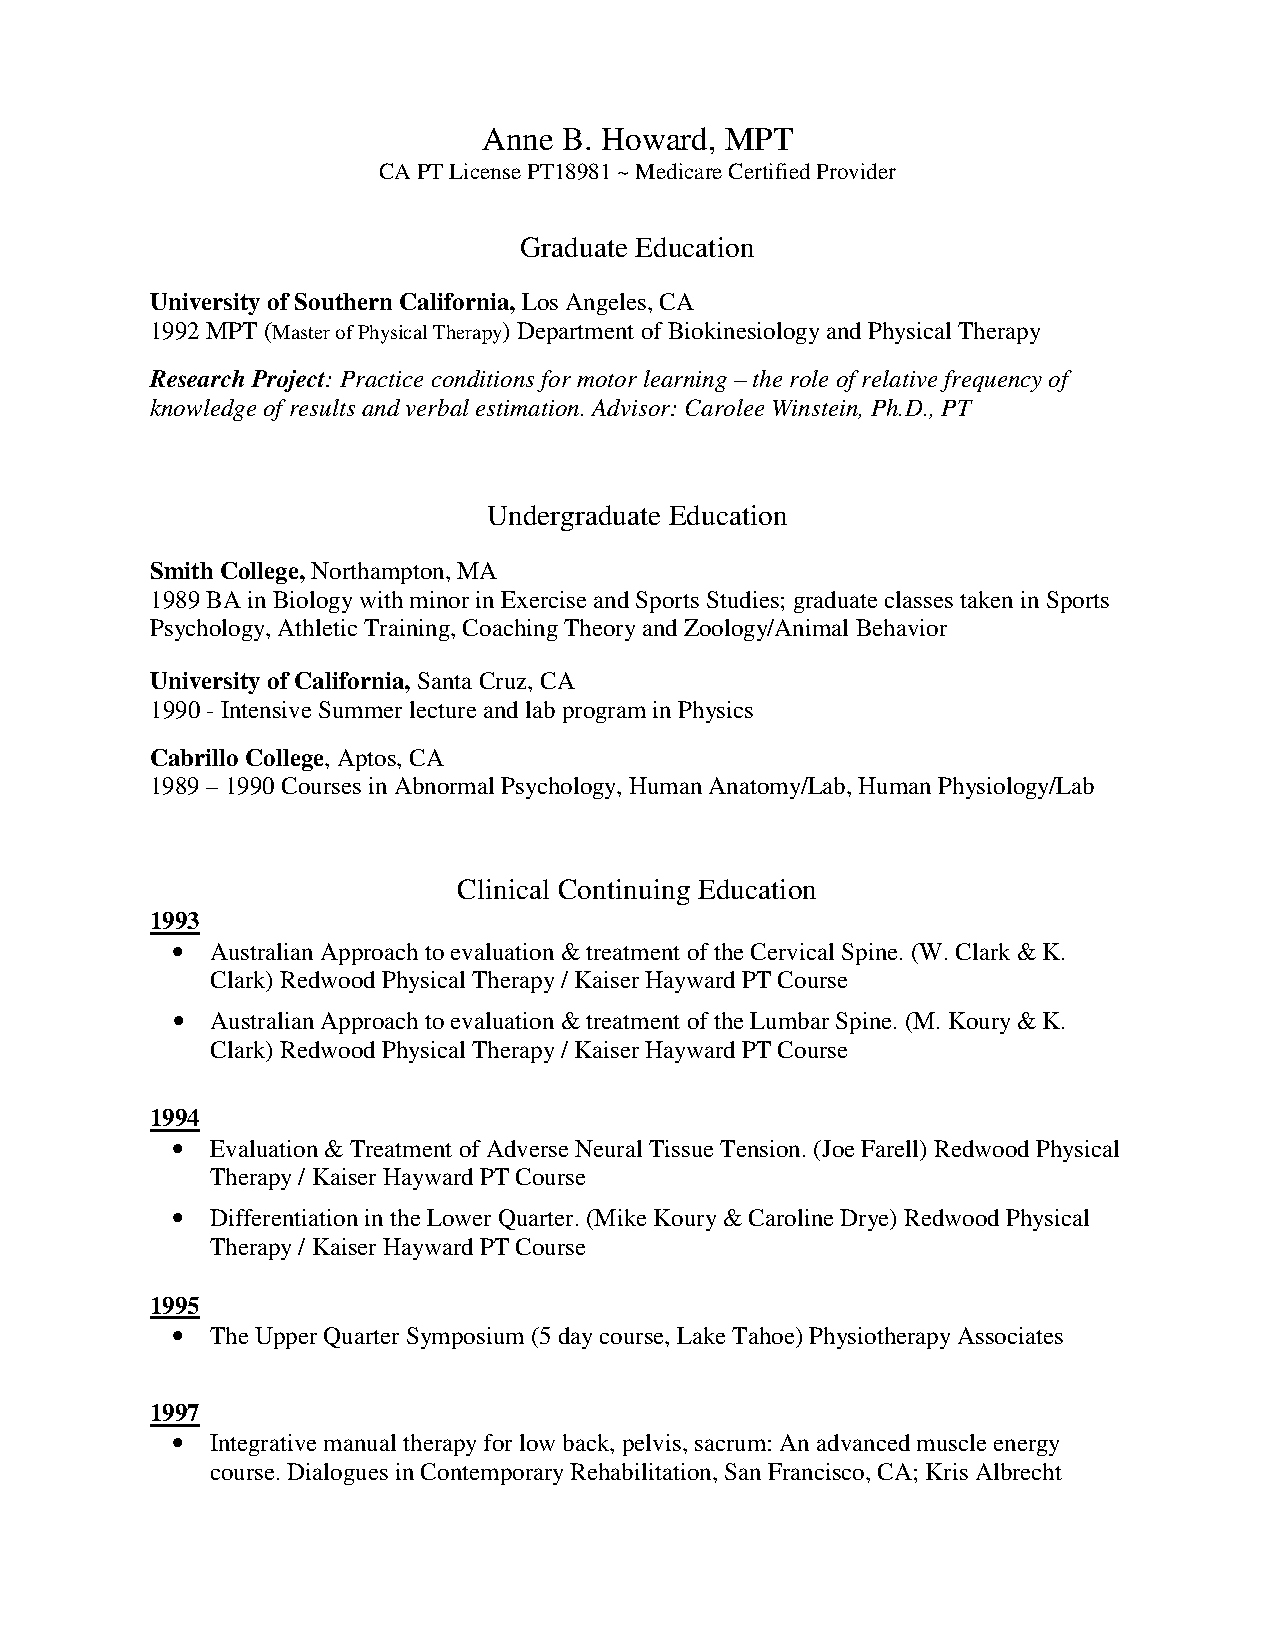
Anne B. Howard, MPT
 CA PT License PT18981 ~ Medicare Certified Provider
 Graduate Education
 University of Southern California, Los Angeles, CA
 1992 MPT (Master of Physical Therapy) Department of Biokinesiology and Physical Therapy
 Research Project: Practice conditions for motor learning – the role of relative frequency of
 knowledge of results and verbal estimation. Advisor: Carolee Winstein, Ph.D., PT
 Undergraduate Education
 Smith College, Northampton, MA
 1989 BA in Biology with minor in Exercise and Sports Studies; graduate classes taken in Sports
 Psychology, Athletic Training, Coaching Theory and Zoology/Animal Behavior
 University of California, Santa Cruz, CA
 1990 - Intensive Summer lecture and lab program in Physics
 Cabrillo College, Aptos, CA
 1989 – 1990 Courses in Abnormal Psychology, Human Anatomy/Lab, Human Physiology/Lab
 Clinical Continuing Education
 1993
 •  Australian Approach to evaluation & treatment of the Cervical Spine. (W. Clark & K.
 Clark) Redwood Physical Therapy / Kaiser Hayward PT Course
 •  Australian Approach to evaluation & treatment of the Lumbar Spine. (M. Koury & K.
 Clark) Redwood Physical Therapy / Kaiser Hayward PT Course
 1994
 •  Evaluation & Treatment of Adverse Neural Tissue Tension. (Joe Farell) Redwood Physical
 Therapy / Kaiser Hayward PT Course
 •  Differentiation in the Lower Quarter. (Mike Koury & Caroline Drye) Redwood Physical
 Therapy / Kaiser Hayward PT Course
 1995
 •  The Upper Quarter Symposium (5 day course, Lake Tahoe) Physiotherapy Associates
 1997
 •  Integrative manual therapy for low back, pelvis, sacrum: An advanced muscle energy
 course. Dialogues in Contemporary Rehabilitation, San Francisco, CA; Kris Albrecht